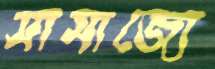
সামাজ্যে